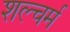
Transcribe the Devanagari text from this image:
शल्चर्म